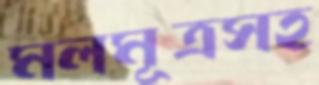
মলমূত্রসহ